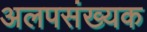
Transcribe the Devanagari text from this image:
अलपसंख्यक